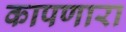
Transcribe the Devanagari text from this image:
कापणारा